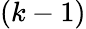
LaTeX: \left(k-1\right)